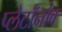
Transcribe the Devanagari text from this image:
प्लेटॉनोव